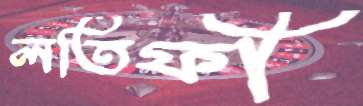
লতিফী